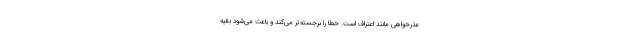
عذرخواهی مانند اعتراف است. خطا را برجسته‌تر می‌کند و باعث می‌شود بقیه